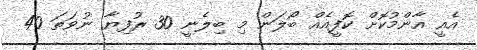
އެއީ އާންމުކޮށް ކޮފީއެއް ބޯލަން މި ބިލެނީ 30 ރުފިޔާ ނުވަތަ 40